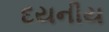
દયનીય